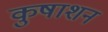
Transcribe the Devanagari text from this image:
कुषाशन